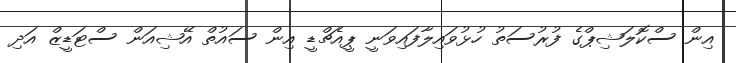
އިން ސްކޮލަޝިޕްގެ ފުރުސަތު ހުޅުވައިލާފައިވަނީ ޕީއެޗްޑީ އިން ސައުތް އޭޝިއަން ސްޓަޑީޒް އަދި